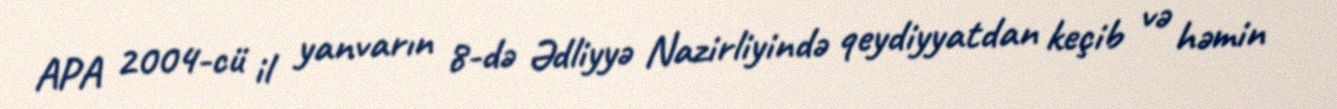
APA 2004-cü il yanvarın 8-də Ədliyyə Nazirliyində qeydiyyatdan keçib və həmin